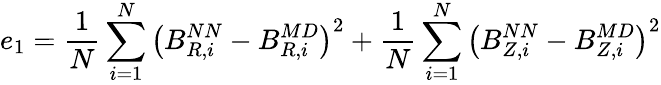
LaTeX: e_{1}=\frac{1}{N}\sum_{i=1}^{N}\left(B_{R,i}^{NN}-B_{R,i}^{MD}\right)^{2}+\frac{1}{N}\sum_{i=1}^{N}\left(B_{Z,i}^{NN}-B_{Z,i}^{MD}\right)^{2}